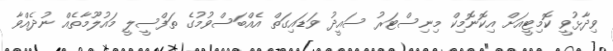
ވިދާޅުވީ ކޮމިޓީއަށް އިކޮނޮމިކް މިނިސްޓަރު ސައީދު ވަޑައިގަތް އެއްބަސްވުމުގެ ތަފްސީލީ މައުލޫމާތެއް ނުދެއްވާ